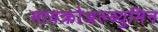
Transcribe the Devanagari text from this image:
मायक्रोअल्ब्युमिन